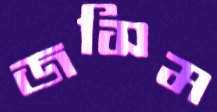
জসিম